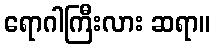
ရောဂါကြီးလား ဆရာ။